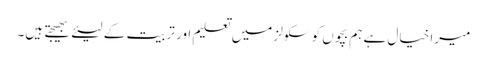
میرا خیال ہے ہم بچوں کو سکولز میں تعلیم اور تربیت کے لیئے بھیجتے ہیں۔